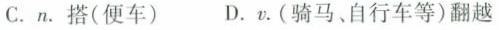
C. n. 搭(便车) D. v. (骑马、自行车等)翻越